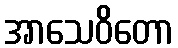
အာသေဝိတော